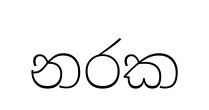
නරක